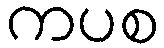
ကပစ